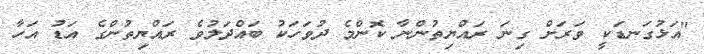
"އަޅުގަނޑަކީ ވަރަށް ގިނަ ރައްޔިތުންނާ ކޮންމެ ދުވަހަކު ބައްދަލުވެ ރައްޔިތުންގެ އަޑު އަހާ